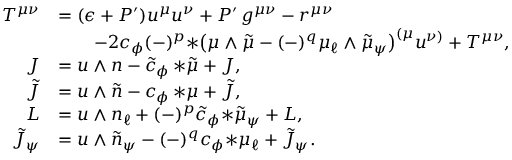
\begin{array} { r l } { T ^ { \mu \nu } } & { = ( \epsilon + P ^ { \prime } ) u ^ { \mu } u ^ { \nu } + P ^ { \prime } \, g ^ { \mu \nu } - r ^ { \mu \nu } } \\ & { \qquad - 2 c _ { \phi } ( - ) ^ { p } { * \big ( \mu \wedge \tilde { \mu } - ( - ) ^ { q } \mu _ { \ell } \wedge \tilde { \mu } _ { \psi } \big ) } ^ { ( \mu } u ^ { \nu ) } + { \cal T } ^ { \mu \nu } , } \\ { J } & { = u \wedge n - \tilde { c } _ { \phi } \, { * \tilde { \mu } } + { \cal J } , } \\ { \tilde { J } } & { = u \wedge \tilde { n } - c _ { \phi } \, { * \mu } + { \cal \tilde { J } } , } \\ { L } & { = u \wedge n _ { \ell } + ( - ) ^ { p } \tilde { c } _ { \phi } { * \tilde { \mu } _ { \psi } } + { \cal L } , } \\ { \tilde { J } _ { \psi } } & { = u \wedge \tilde { n } _ { \psi } - ( - ) ^ { q } c _ { \phi } { * \mu _ { \ell } } + \tilde { \cal J } _ { \psi } . } \end{array}